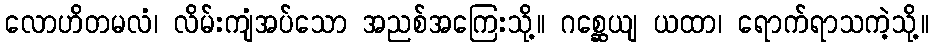
လောဟိတမလံ၊ လိမ်းကျံအပ်သော အညစ်အကြေးသို့။ ဂစ္ဆေယျ ယထာ၊ ရောက်ရာသကဲ့သို့။